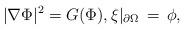
LaTeX: \begin{align*}|\nabla \Phi|^2=G(\Phi), \xi|_{\partial \Omega}\,=\,\phi,\end{align*}